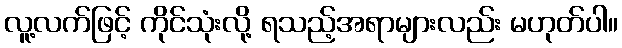
လူ့လက်ဖြင့် ကိုင်သုံးလို့ ရသည့်အရာများလည်း မဟုတ်ပါ။